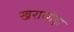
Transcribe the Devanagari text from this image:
खराघोड़ा